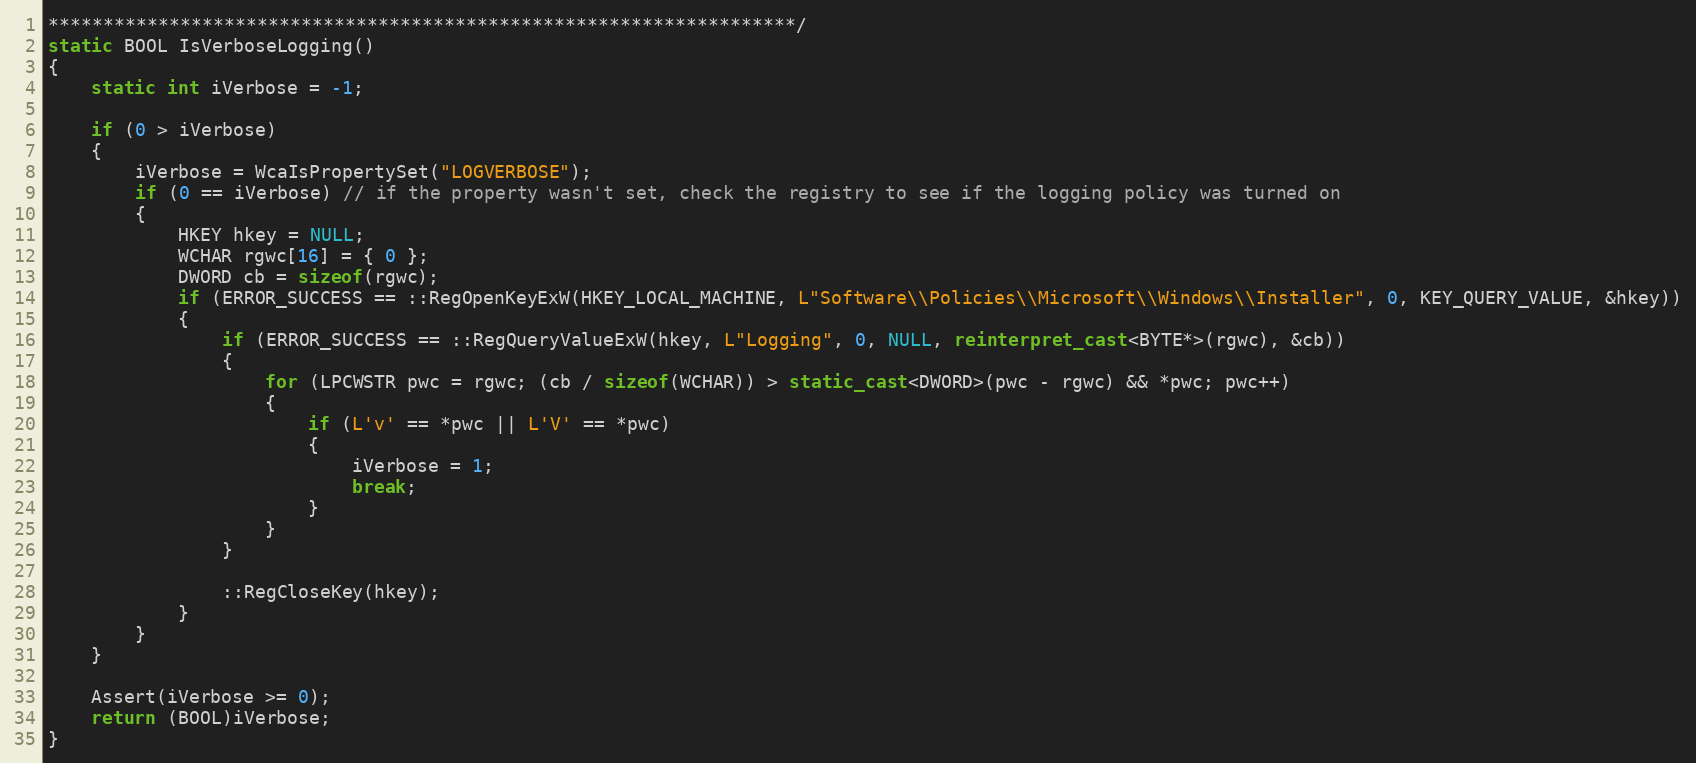
Language: C++
********************************************************************/
static BOOL IsVerboseLogging()
{
	static int iVerbose = -1;

	if (0 > iVerbose)
	{
		iVerbose = WcaIsPropertySet("LOGVERBOSE");
		if (0 == iVerbose) // if the property wasn't set, check the registry to see if the logging policy was turned on
		{
			HKEY hkey = NULL;
			WCHAR rgwc[16] = { 0 };
			DWORD cb = sizeof(rgwc);
			if (ERROR_SUCCESS == ::RegOpenKeyExW(HKEY_LOCAL_MACHINE, L"Software\\Policies\\Microsoft\\Windows\\Installer", 0, KEY_QUERY_VALUE, &hkey))
			{
				if (ERROR_SUCCESS == ::RegQueryValueExW(hkey, L"Logging", 0, NULL, reinterpret_cast<BYTE*>(rgwc), &cb))
				{
					for (LPCWSTR pwc = rgwc; (cb / sizeof(WCHAR)) > static_cast<DWORD>(pwc - rgwc) && *pwc; pwc++)
					{
						if (L'v' == *pwc || L'V' == *pwc)
						{
							iVerbose = 1;
							break;
						}
					}
				}

				::RegCloseKey(hkey);
			}
		}
	}

	Assert(iVerbose >= 0);
	return (BOOL)iVerbose;
}